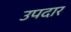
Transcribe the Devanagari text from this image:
उपदार